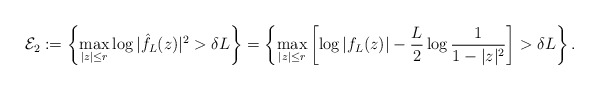
\begin{align*} \mathcal E_2:=\left\{\max_{|z|\leq r}\log|\hat f_L(z)|^2>\delta L\right\}=\left\{\max_{|z|\leq r}\left[\log |f_L(z)|-\frac{L}{2}\log\frac{1}{1-|z|^2}\right]>\delta L\right\}. \end{align*}